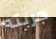
جربته